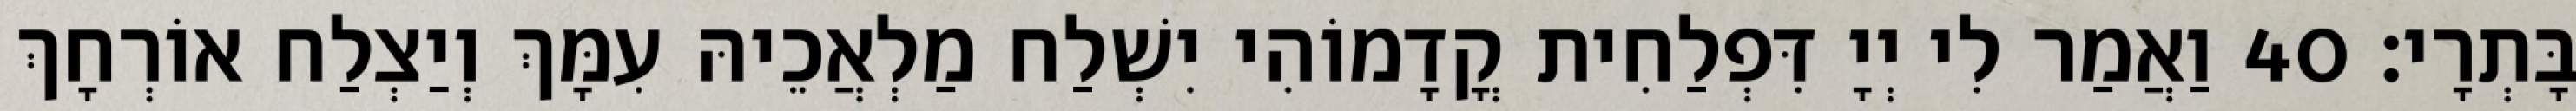
בָּתְרָי׃ 40 וַאֲמַר לִי יְיָ דִּפְלַחִית קֳדָמוֹהִי יִשְׁלַח מַלְאֲכֵיהּ עִמָּךְ וְיַצְלַח אוֹרְחָךְ